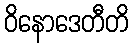
ဝိနောဒေတီတိ